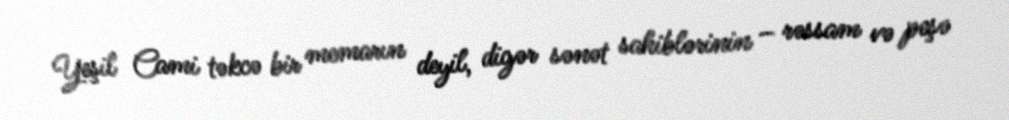
Yeşil Cami təkcə bir memarın deyil, digər sənət sahiblərinin – rəssam və peşə